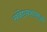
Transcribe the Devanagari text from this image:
संवेष्टनशालाओं